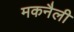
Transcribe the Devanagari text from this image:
मकनैली